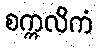
စက္ကလိကံ